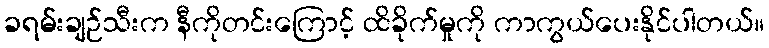
ခရမ်းချဉ်သီးက နီကိုတင်းကြောင့် ထိခိုက်မှုကို ကာကွယ်ပေးနိုင်ပါတယ်။